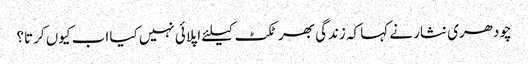
چودھری نثار نے کہا کہ زندگی بھر ٹکٹ کیلئے اپلائی نہیں کیا اب کیوں کرتا؟